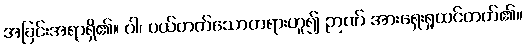
အခြင်းအရာရှိ၏။ ဝါ၊ ပယ်တတ်သောတရားဟူ၍ ဉာဏ် အားရှေးရှုထင်တတ်၏။